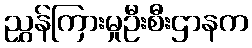
ညွှန်ကြားမှုဦးစီးဌာနက